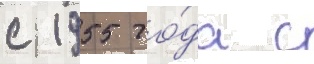
с 1955 го́да с